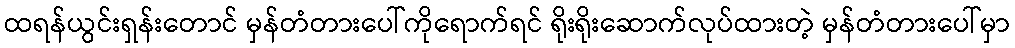
ထရန်ယွင်းရှန်းတောင် မှန်တံတားပေါ်ကိုရောက်ရင် ရိုးရိုးဆောက်လုပ်ထားတဲ့ မှန်တံတားပေါ်မှာ